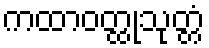
ကထာဝတ္ထုသုတ္တံ